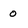
Character: o